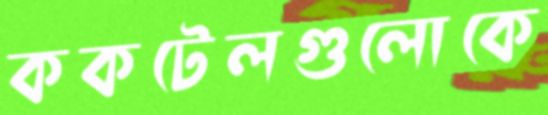
ককটেলগুলোকে